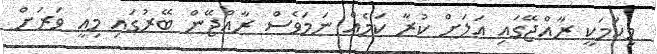
މިކަމަކީ ރާއްޖޭގައި އަލަށް ކުރާ ކަމެއް ނަމަވެސް ރާއްޖޭން ބޭރުގައި މިއީ ވަރަށް